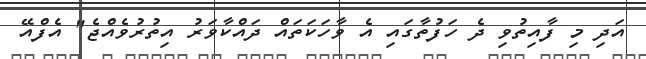
އަދި މި ފާއިތުވި ދެ ހަފުތާގައި އެ ވާހަކަތައް ދައްކާވަރު އިތުރުވެއްޖެ" އެފްއޭ